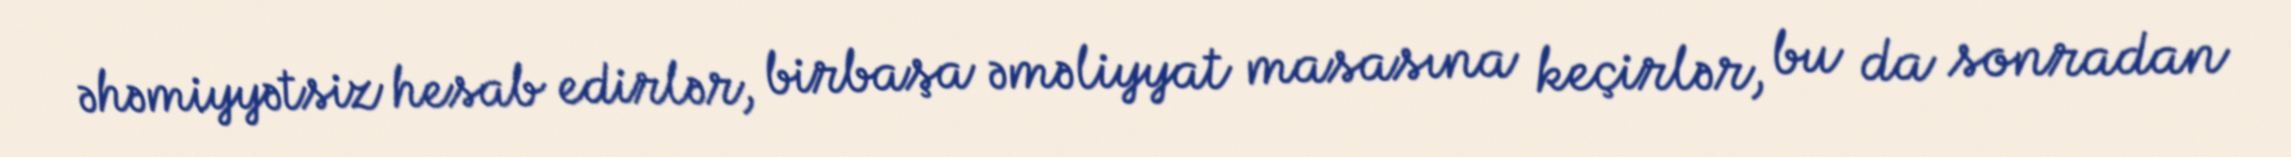
əhəmiyyətsiz hesab edirlər, birbaşa əməliyyat masasına keçirlər, bu da sonradan